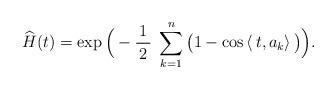
LaTeX: \begin{align*} \widehat{H}(t)=\exp\Big(-\frac{\,1\,}2\;\sum_{k=1}^{n}\big(1-\cos\left\langle \,t,a_k\right\rangle \big)\Big).\end{align*}